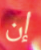
إن